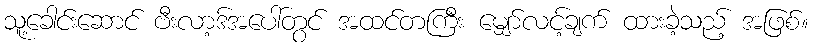
သူ့ခေါင်းဆောင် ဗီးလာ့ဒ်အပေါ်တွင် အထင်တကြီး မျှော်လင့်ချက် ထားခဲ့သည့် အဖြစ်။